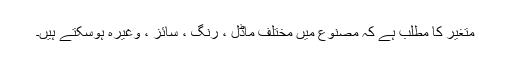
متغیر کا مطلب ہے کہ مصنوع میں مختلف ماڈل ، رنگ ، سائز ، وغیرہ ہوسکتے ہیں۔